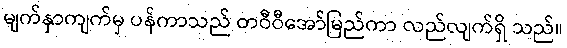
မျက်နှာကျက်မှ ပန်ကာသည် တဝီဝီအော်မြည်ကာ လည်လျက်ရှိ သည်။